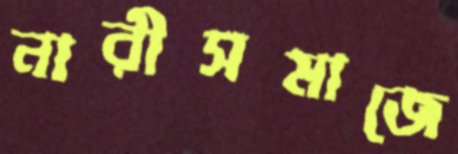
নারীসমাজে